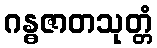
ဂန္ဓဇာတသုတ္တံ